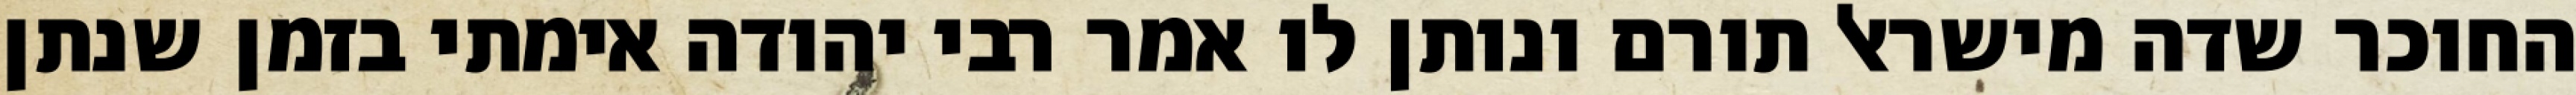
החוכר שדה מישראל תורם ונותן לו אמר רבי יהודה אימתי בזמן שנתן